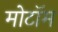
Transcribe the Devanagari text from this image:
मोटॉम